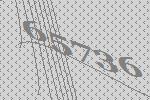
65736